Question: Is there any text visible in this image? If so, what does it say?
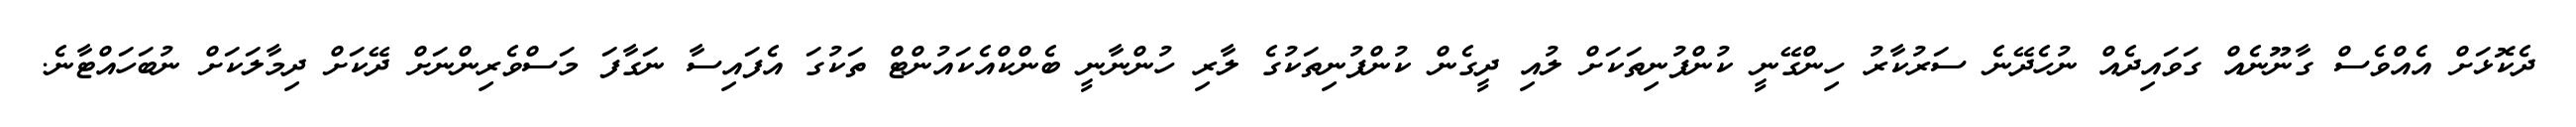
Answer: ދެކޮޅަށް އެއްވެސް ގާނޫނެއް ގަވައިދެއް ނުހެދޭނެ ސަރުކާރު ހިންގޭނީ ކުންފުނިތަކަށް ލުއި ދީގެން ކުންފުނިތަކުގެ ލާރި ހުންނާނީ ބެންކްއެކައުންޓް ތަކުގަ އެފައިސާ ނަގާފަ މަސްވެރިންނަށް ދޭކަށް ދިމާލަކަށް ނުބަހައްޓާނެ.